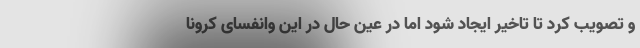
و تصویب کرد تا تاخیر ایجاد شود اما در عین حال در این وانفسای کرونا